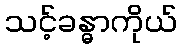
သင့်ခန္ဓာကိုယ်